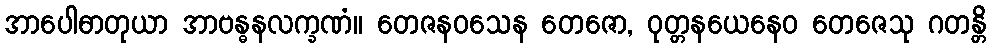
အာပေါဓာတုယာ အာဗန္ဓနလက္ခဏံ။ တေဇနဝသေန တေဇော, ဝုတ္တနယေနေဝ တေဇေသု ဂတန္တိ